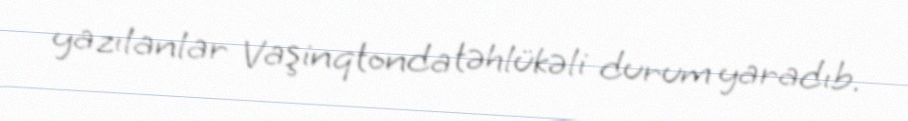
yazılanlar Vaşinqtonda təhlükəli durum yaradıb.